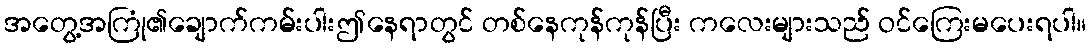
အတွေ့အကြုံ၏ချောက်ကမ်းပါးဤနေရာတွင် တစ်နေကုန်ကုန်ပြီး ကလေးများသည် ဝင်ကြေးမပေးရပါ။